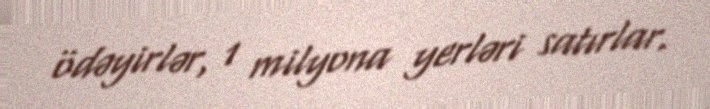
ödəyirlər, 1 milyona yerləri satırlar.